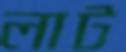
লাট